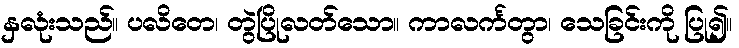
နှလုံးသည်။ ပလိတေ၊ တွဲပြိုလတ်သော။ ကာလင်္ကတွာ၊ သေခြင်းကို ပြု၍။